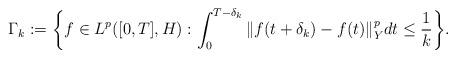
LaTeX: \begin{align*}\Gamma_k := \bigg\{ f\in L^p([0,T],H) : \int_0^{T-\delta_k} \Vert f(t+\delta_k) - f(t) \Vert_Y^p dt \leq \frac{1}{k} \bigg\} .\end{align*}